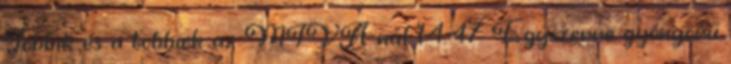
Jobbik és a többiek az MTVA-nál 14:47 Egyszerre gyönyörű